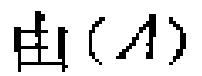
由 (\(A\))